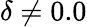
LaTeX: \delta\neq 0.0